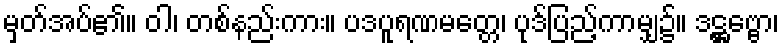
မှတ်အပ်၏။ ဝါ၊ တစ်နည်းကား။ ပဒပူရဏမတ္တေ၊ ပုဒ်ပြည့်ကာမျှ၌။ ဒဋ္ဌဗ္ဗော၊